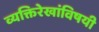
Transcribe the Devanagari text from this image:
व्यक्तिरेखांविषयी